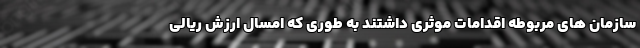
سازمان های مربوطه اقدامات موثری داشتند به طوری که امسال ارزش ریالی